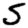
Digit: 5